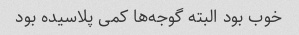
خوب بود البته گوجه‌ها کمی پلاسیده بود